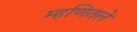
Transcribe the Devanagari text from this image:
म्हणितले